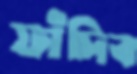
ফাঁদিব